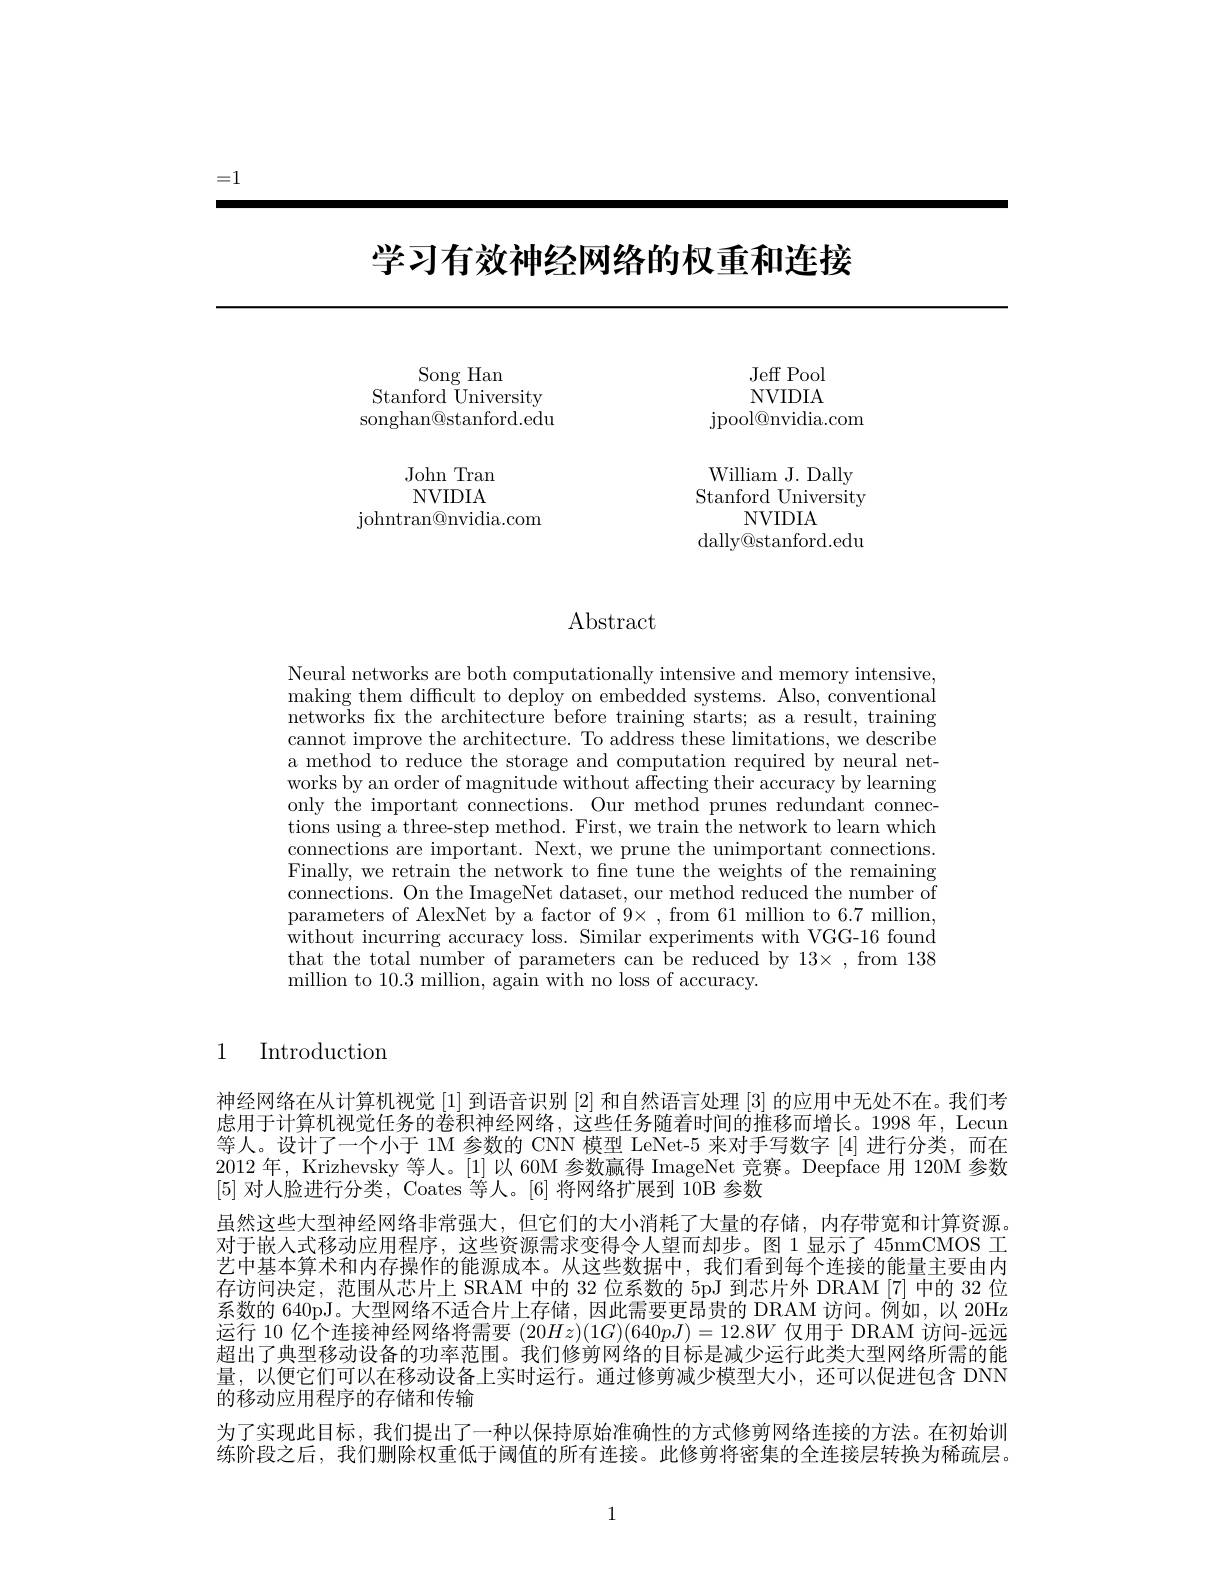
=1

# 学习有效神经网络的权重和连接

<FigureHere>

$\operatorname{Abstract}$

Neural networks are both computationally intensive and memory intensive, making them difficult to deploy on embedded systems. Also, conventional networks fix the architecture before training starts; as a result, training cannot improve the architecture. To address these limitations, we describe a method to reduce the storage and computation required by neural networks by an order of magnitude without affecting their accuracy by learning only the important connections. Our method prunes redundant connections using a three-step method. First, we train the network to learn which connections are important. Next, we prune the unimportant connections. Finally, we retrain the network to fine tune the weights of the remaining connections. On the ImageNet dataset, our method reduced the number of parameters of AlexNet by a factor of 9× , from 61 million to 6.7 million, without incurring accuracy loss. Similar experiments with VGG-16 found that the total number of parameters can be reduced by 13×, from 138 million to 10.3 million, again with no loss of accuracy.

1 Introduction

神经网络在从计算机视觉[1]到语音识别[2]和自然语言处理[3]的应用中无处不在。我们考虑用于计算机视觉任务的卷积神经网络，这些任务随着时间的推移而增长。1998 年，Lecun 等人。设计了一个小于 1M 参数的 CNN 模型 LeNet-5 来对手写数字 [4] 进行分类，而在2012 年，Krizhevsky 等人。[1] 以 60M 参数赢得 ImageNet 竞赛。Deepface 用 120M 参数[5]对人脸进行分类，Coates 等人。[6]将网络扩展到 10B 参数
虽然这些大型神经网络非常强大，但它们的大小消耗了大量的存储，内存带宽和计算资源对于嵌人式移动应用程序，这些资源需求变得令人望而却步。图 1 显示了 45nmCMOS 工艺中基本算术和内存操作的能源成本。从这些数据中，我们看到每个连接的能量主要由内存访问决定，范围从芯片上 SRAM 中的 32 位系数的 5pJ 到芯片外 DRAM [7] 中的 32 位系数的 640pJ。大型网络不适合片上存储，因此需要更昂贵的 DRAM 访问。例如，以 20Hz 运行 10 亿个连接神经网络将需要$(20Hz)(1G)(640pJ)=12.8W$仅用于 DRAM 访问-远远超出了典型移动设备的功率范围。我们修剪网络的目标是减少运行此类大型网络所需的能量，以便它们可以在移动设备上实时运行。通过修剪减少模型大小，还可以促进包含 DNN 的移动应用程序的存储和传输
为了实现此目标，我们提出了一种以保持原始准确性的方式修剪网络连接的方法。在初始训练阶段之后，我们删除权重低于阈值的所有连接。此修剪将密集的全连接层转换为稀疏层。

1